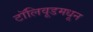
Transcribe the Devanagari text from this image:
टॉलिवूडमधून